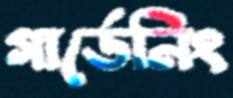
গার্ডেনিং